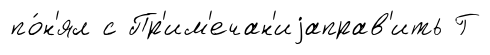
по́н'ял с Пр'им'ечан'иjаправ'ить Г